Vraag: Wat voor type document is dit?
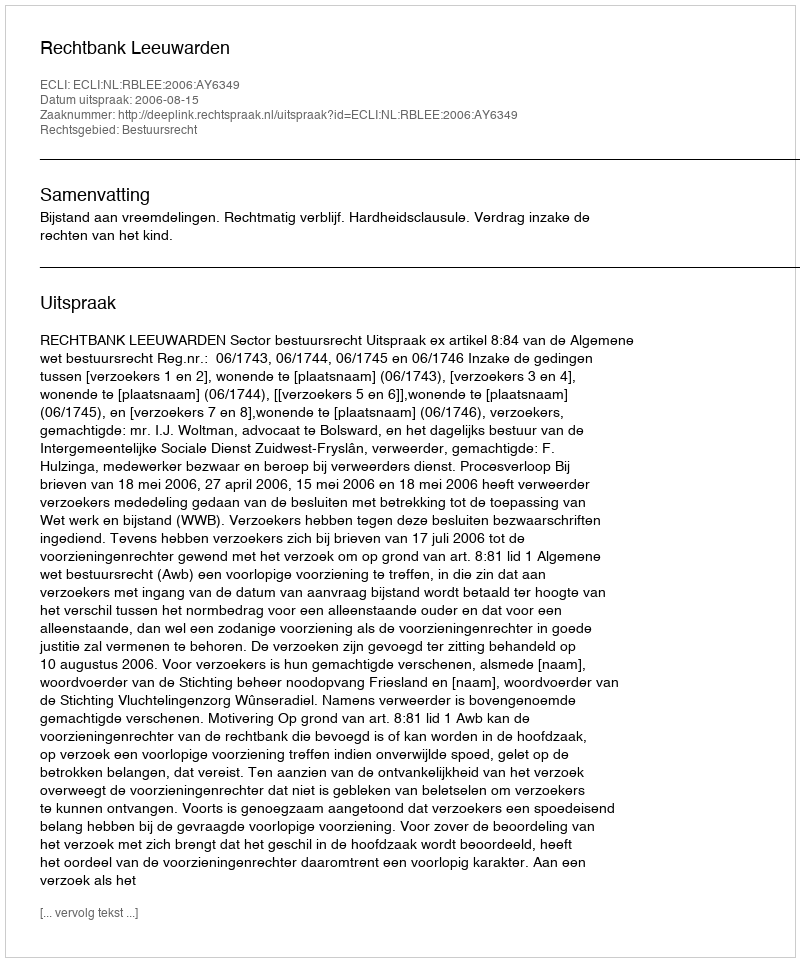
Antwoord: Uitspraak